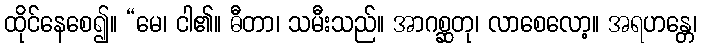
ထိုင်နေစေ၍။ “မေ၊ ငါ၏။ ဓီတာ၊ သမီးသည်။ အာဂစ္ဆတု၊ လာစေလော့။ အရဟန္တေ၊